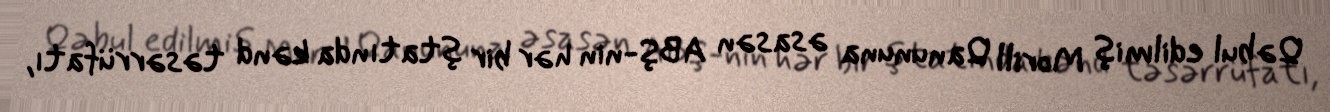
Qəbul edilmiş Morill Qanununa əsasən ABŞ-nin hər bir ştatında kənd təsərrüfatı,